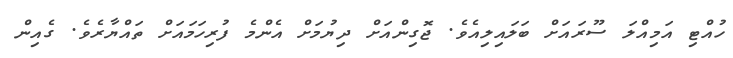
ހުއްޓި އަމިއްލަ ސޫރައަށް ބަލައިލިއެވެ. ޖޮގިންއަށް ދިޔުމަށް އެންމެ ފުރިހަމައަށް ތައްޔާރެވެ. ގެއިން